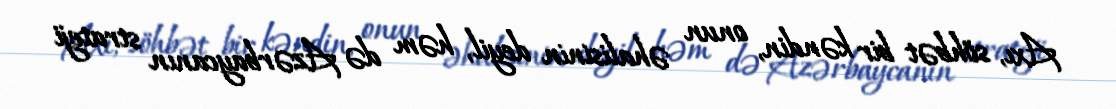
Axı, söhbət bir kəndin, onun əhalisinin deyil, həm də Azərbaycanın strateji